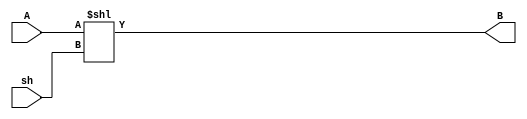
/*
	Projeto 08 Deslocadores barrel em Verilog
	Projete um deslocador barrel  esquerda em Verilog.O deslocador em questo possui uma entrada A, de *bits, que indica o dado a ser deslocado e uma entrada sh, de 3bits que indica quantos deslocamentos devem ser dadis ao nmero A. A sada  apresentada em B, Tambm de 8its
*/
module deslocamento(input[2:0] sh, input [7:0] A, output [7:0] B);
	assign B = A << sh;
endmodule